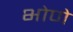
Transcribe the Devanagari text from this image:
भोणे